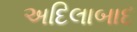
અદિલાબાદ